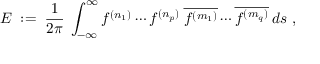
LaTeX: E \; : = \; \frac { 1 } { 2 \pi } \: \int _ { - \infty } ^ { \infty } f ^ { ( n _ { 1 } ) } \cdots f ^ { ( n _ { p } ) } \: \overline { { { f ^ { ( m _ { 1 } ) } } } } \cdots \overline { { { f ^ { ( m _ { q } ) } } } } \: d s \; ,